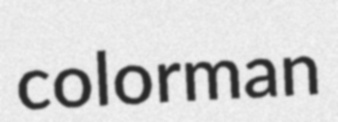
colorman